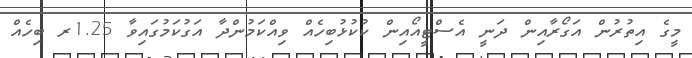
މީގެ އިތުރުން އަގޯރާއިން ދަނީ އެސްޓީއޯއިން ކުކުޅުބިހެއް ވިއްކަމުންދާ އަގުކަމުގައިވާ 1.25ރ ބިހެއް